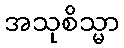
အသုစိသ္မာ